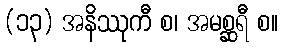
(၁၃) အနိဿုကီ စ၊ အမစ္ဆရီ စ။